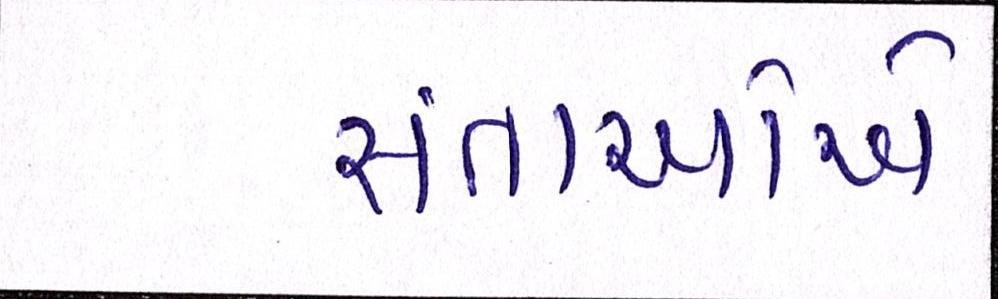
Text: સંતાનોએ